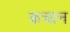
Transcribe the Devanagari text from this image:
कचान